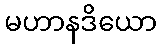
မဟာနဒိယော